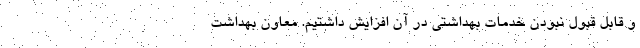
و قابل قبول نبودن خدمات بهداشتی در آن افزایش داشتیم. معاون بهداشت